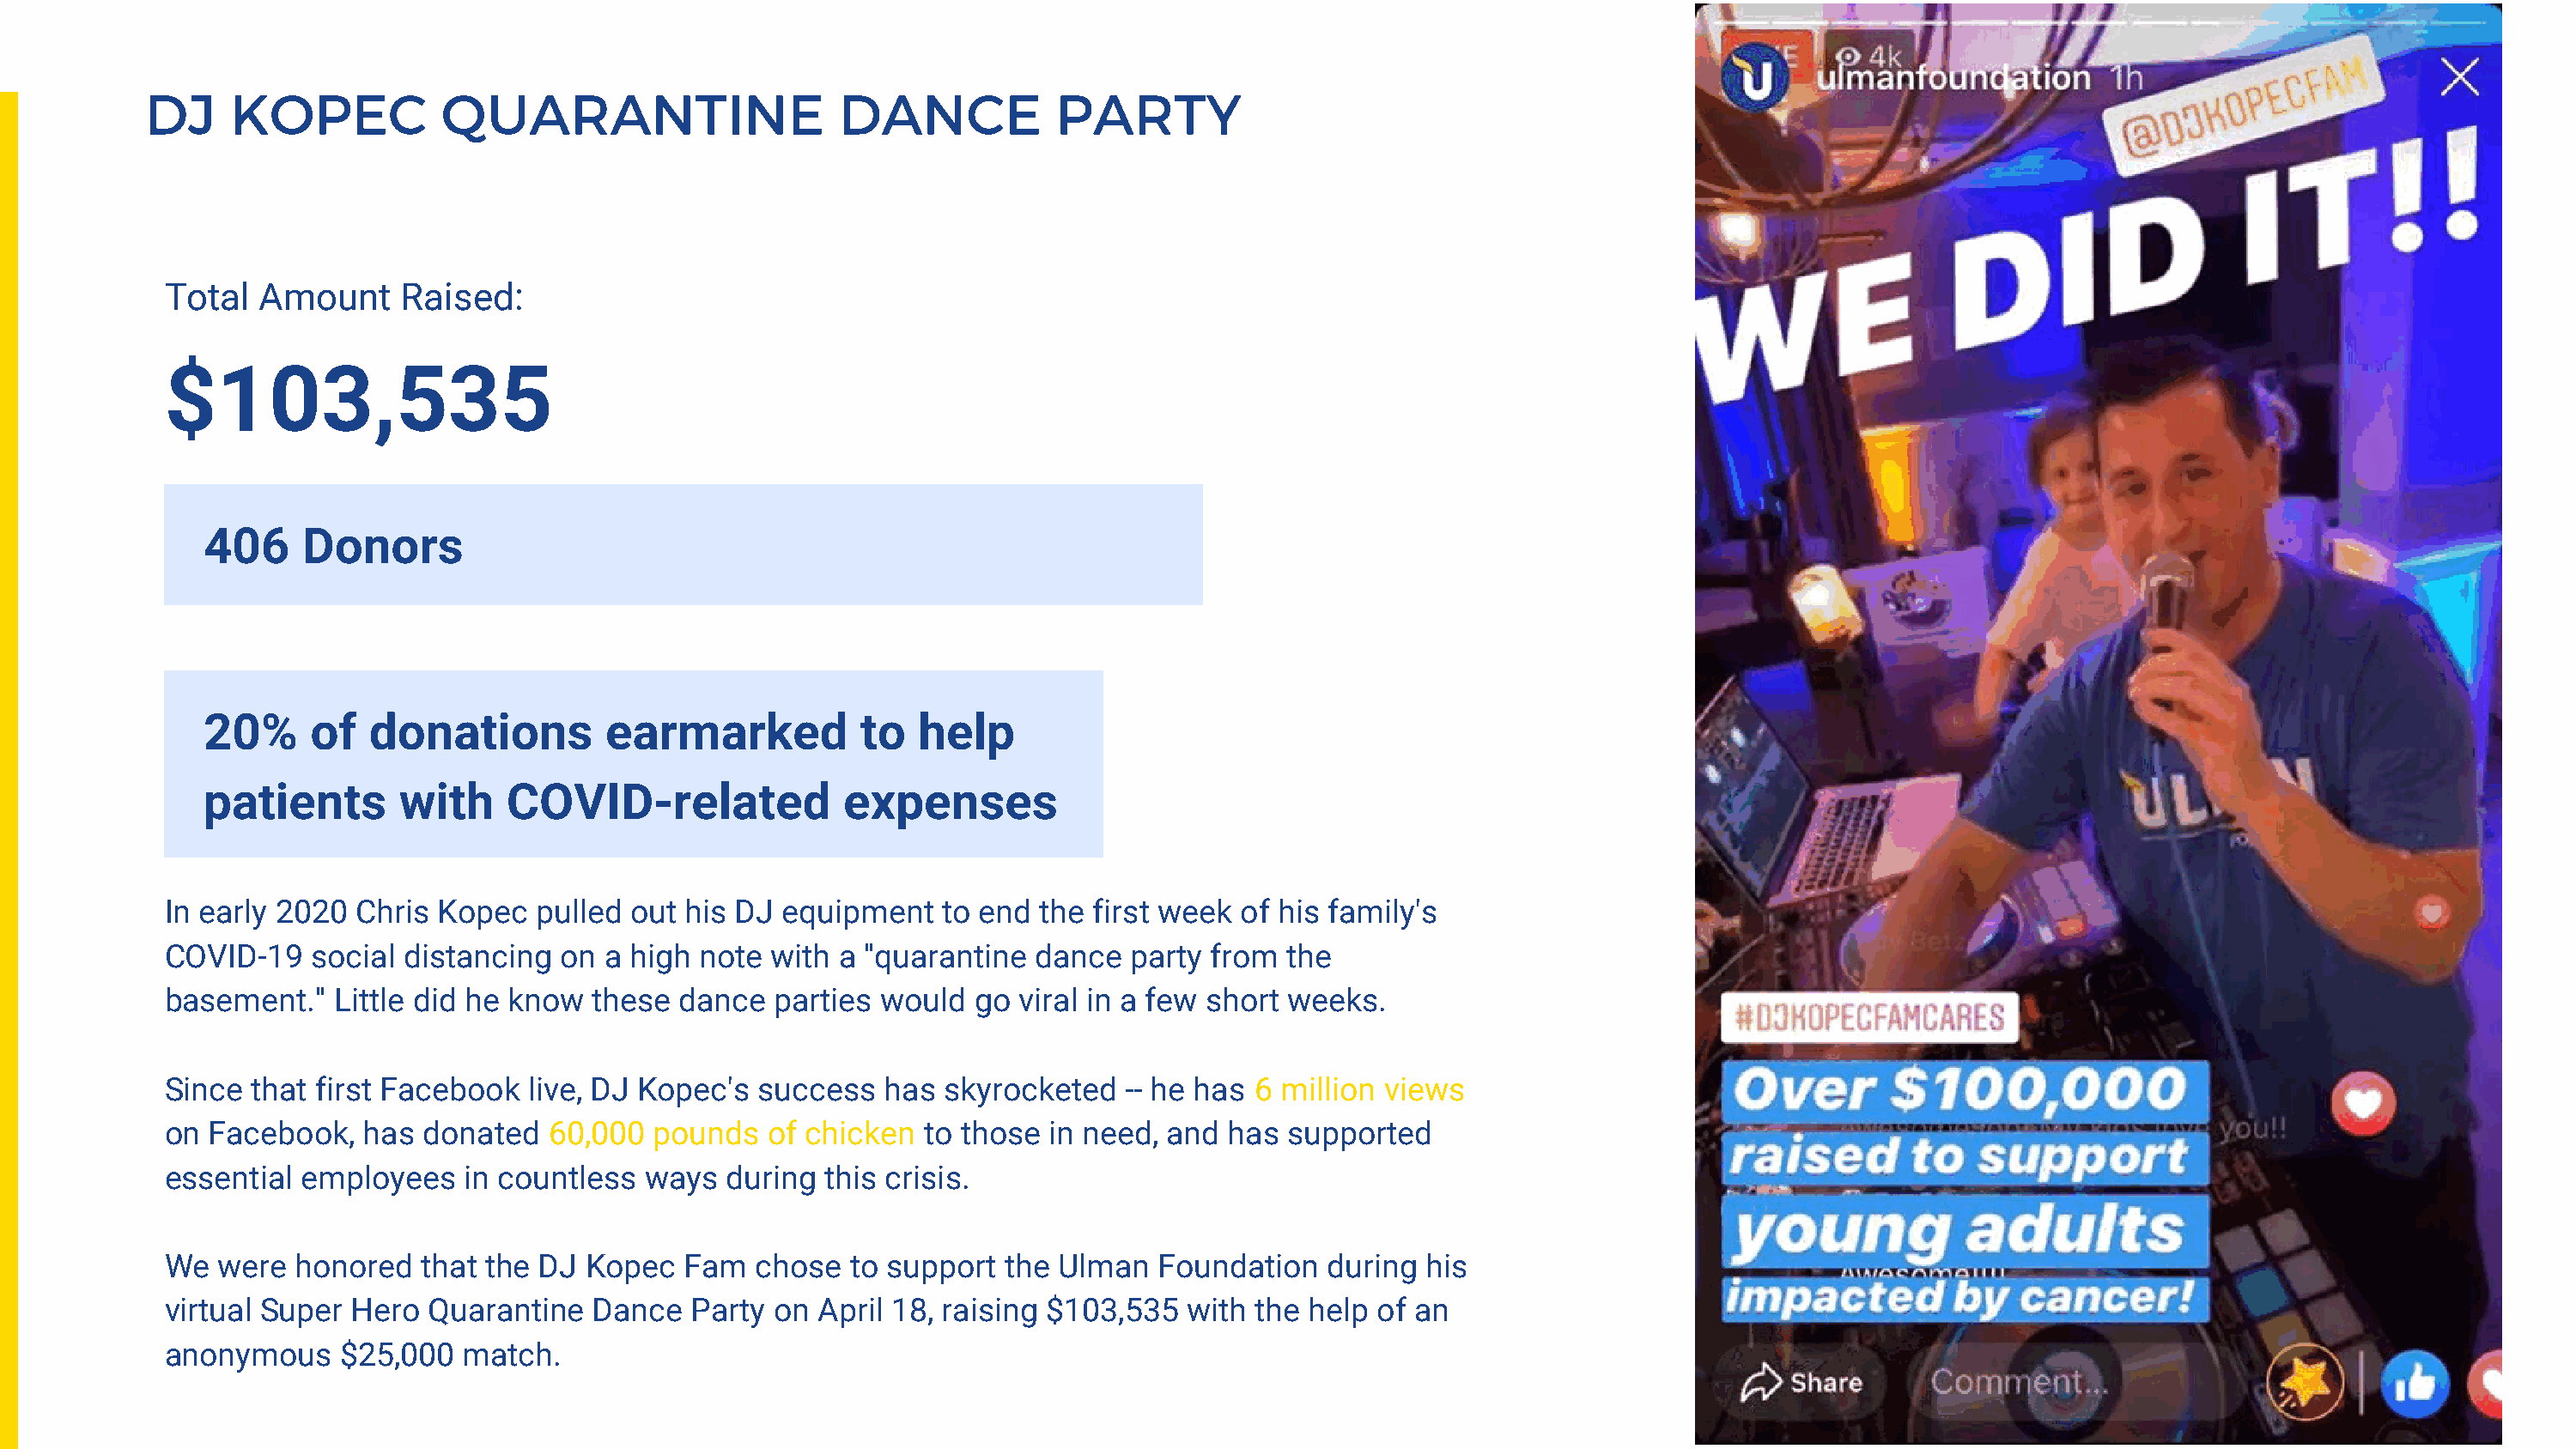
DJ     KOPEC           QUARANTINE                     DANCE           PARTY
 Total  Amount     Raised:
 $103,535
 406    Donors
 20%     of  donations          earmarked          to   help
 patients       with    COVID-related             expenses
 In early 2020 Chris  Kopec  pulled  out his DJ equipment    to end the first week  of his family's
 COVID-19   social distancing  on  a high note with  a "quarantine  dance  party from  the
 basement."   Little did he know  these dance   parties would  go  viral in a few short weeks.
 Since that first Facebook   live, DJ Kopec's  success  has  skyrocketed   -- he has 6 million views
 on Facebook,   has  donated  60,000  pounds   of chicken  to those  in need, and  has supported
 essential employees    in countless  ways  during  this crisis.
 We  were  honored   that the DJ Kopec   Fam  chose   to support  the Ulman  Foundation   during  his
 virtual Super Hero  Quarantine   Dance  Party  on April 18, raising $103,535   with the help of an
 anonymous    $25,000   match.